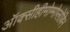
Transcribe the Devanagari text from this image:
ऑक्सीहीमोग्मोग्लोबिन